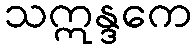
သဣန္ဒကေ